画像に写った文字を読んでください
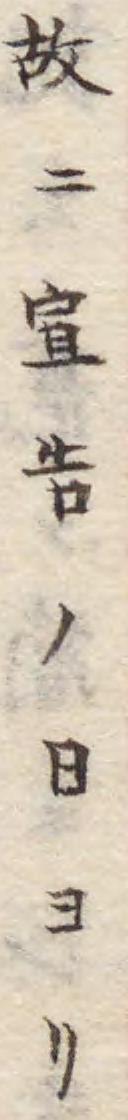
「故ニ宣告ノ日ヨリ」と書いてあります